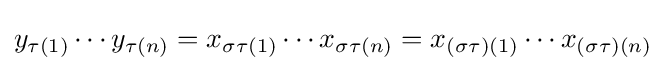
y_{\tau (1)}\cdots y_{\tau (n)}=x_{\sigma \tau (1)}\cdots x_{\sigma \tau (n)}=x_{(\sigma \tau )(1)}\cdots x_{(\sigma \tau )(n)}